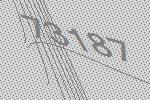
73187